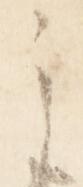
之